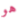
هو